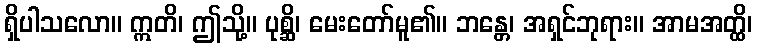
ရှိပါသလော။ ဣတိ၊ ဤသို့။ ပုစ္ဆိ၊ မေးတော်မူ၏။ ဘန္တေ၊ အရှင်ဘုရား။ အာမအတ္ထိ၊